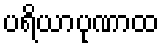
ပရိယာပုဏာထ